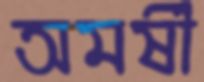
অমর্ষী